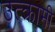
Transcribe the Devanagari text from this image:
उत्क्रामी